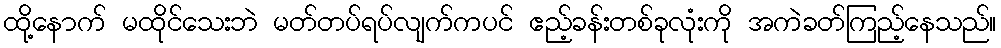
ထို့နောက် မထိုင်သေးဘဲ မတ်တပ်ရပ်လျက်ကပင် ဧည့်ခန်းတစ်ခုလုံးကို အကဲခတ်ကြည့်နေသည်။